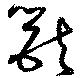
獣